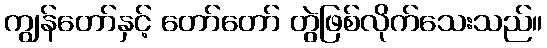
ကျွန်တော်နှင့် တော်တော် တွဲဖြစ်လိုက်သေးသည်။